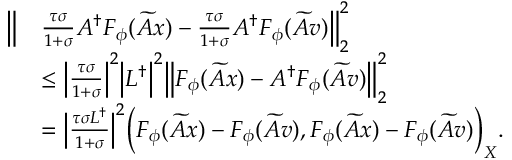
\begin{array} { r l } { \Bigl \| } & { \frac { \tau \sigma } { 1 + \sigma } A ^ { \dagger } F _ { \phi } ( \widetilde { A } x ) - \frac { \tau \sigma } { 1 + \sigma } A ^ { \dagger } F _ { \phi } ( \widetilde { A } v ) \Bigr \| _ { 2 } ^ { 2 } } \\ & { \leq \Bigl | \frac { \tau \sigma } { 1 + \sigma } \Bigr | ^ { 2 } \Bigl | L ^ { \dagger } \Bigr | ^ { 2 } \Bigl \| F _ { \phi } ( \widetilde { A } x ) - A ^ { \dagger } F _ { \phi } ( \widetilde { A } v ) \Bigr \| _ { 2 } ^ { 2 } } \\ & { = \Bigl | \frac { \tau \sigma L ^ { \dagger } } { 1 + \sigma } \Bigr | ^ { 2 } \Bigl ( F _ { \phi } ( \widetilde { A } x ) - F _ { \phi } ( \widetilde { A } v ) , F _ { \phi } ( \widetilde { A } x ) - F _ { \phi } ( \widetilde { A } v ) \Bigr ) _ { X } . } \end{array}